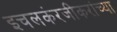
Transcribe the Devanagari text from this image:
इचलकंरजीकरांच्या